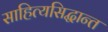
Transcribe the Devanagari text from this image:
साहित्यसिद्धान्त